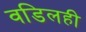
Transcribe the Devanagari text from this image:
वडिलही